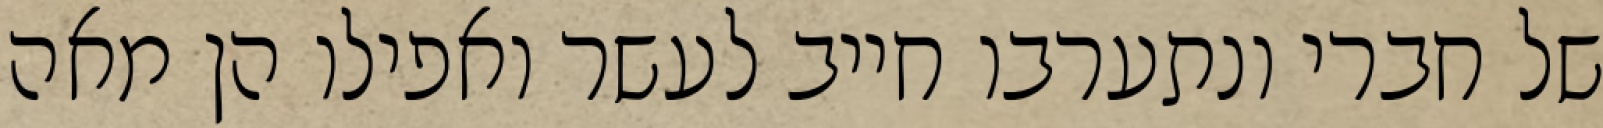
של חברי ונתערבו חייב לעשר ואפילו הן מאה